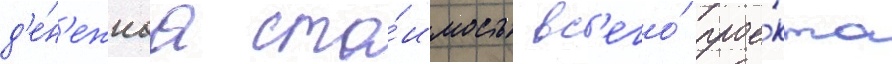
д'е́н'ежнаа сто́имость вс'его́ прое́кта